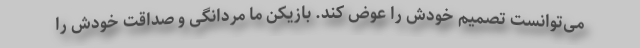
می‌توانست تصمیم خودش را عوض کند. بازیکن ما مردانگی و صداقت خودش را